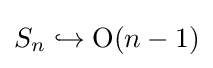
S_{n}\hookrightarrow \operatorname {O} (n-1)